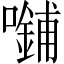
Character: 𪢜